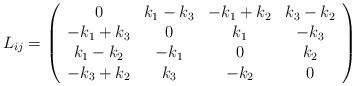
LaTeX: \begin{align*}L_{ij}=\left(\begin{array}{cccc}0 & k_{1}-k_{3} & -k_{1}+k_{2} & k_{3}-k_{2} \\-k_{1}+k_{3} & 0 & k_{1} & -k_{3} \\k_{1}-k_{2} & -k_{1} & 0 & k_{2} \\-k_{3}+k_{2} & k_{3} & -k_{2} & 0\end{array}\right)\end{align*}